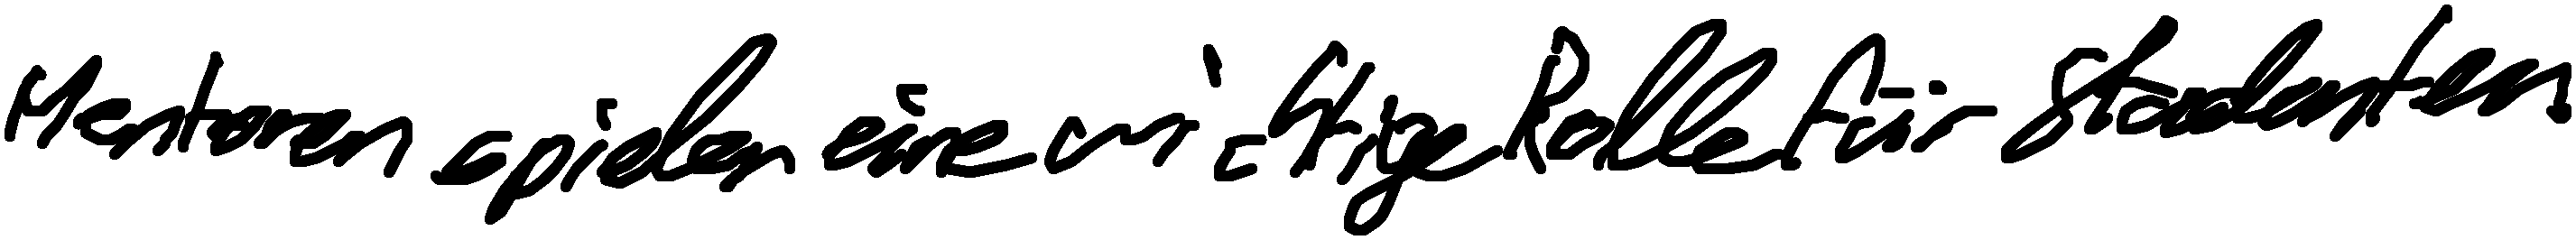
Mentoren spielen eine wichtige Rolle für Studenten.